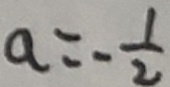
a = - \frac { 1 } { 2 }